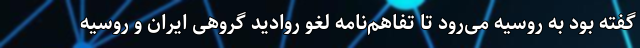
گفته بود به روسیه می‌رود تا تفاهم‌نامه لغو روادید گروهی ایران و روسیه